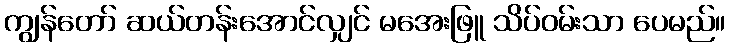
ကျွန်တော် ဆယ်တန်းအောင်လျှင် မအေးဖြူ သိပ်ဝမ်းသာ ပေမည်။